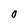
Character: 0